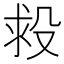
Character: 𣪋